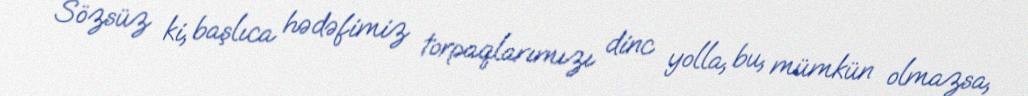
Sözsüz ki, başlıca hədəfimiz torpaqlarımızı dinc yolla, bu, mümkün olmazsa,